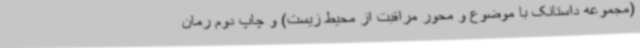
(مجموعه داستانک با موضوع و محور مراقبت از محیط‌ زیست) و چاپ دوم رمان